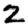
Digit: 2